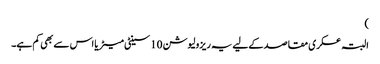
)
البتہ عسکری مقاصد کےلیے یہ ریزولیوشن 10 سینٹی میٹر یا اس سے بھی کم ہے۔